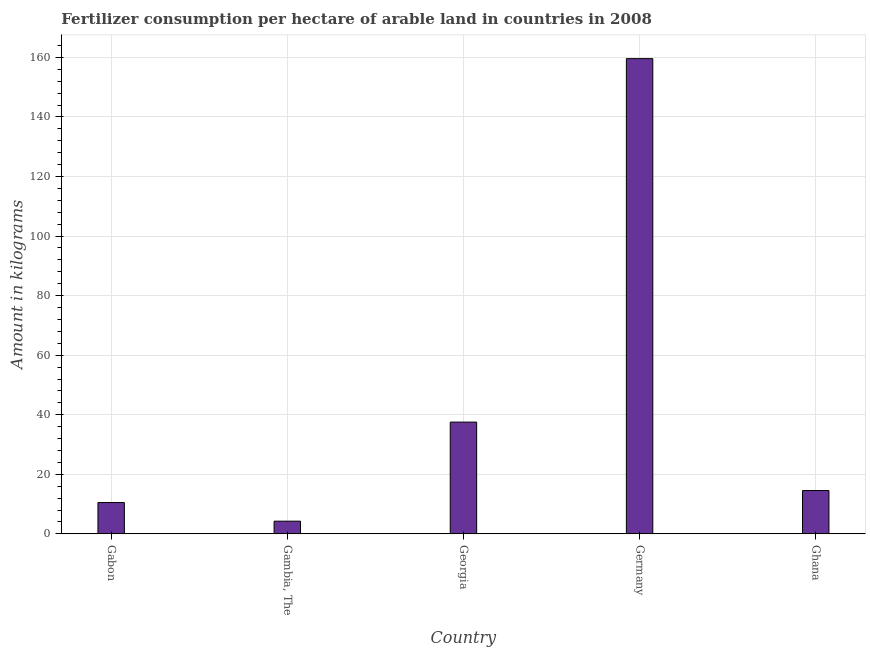
| Country | Fertilizer consumption |
 | --- | --- |
 | Gabon | 10.5 |
 | Gambia, The | 4.26 |
 | Georgia | 37.5 |
 | Germany | 160 |
 | Ghana | 14.5 |